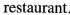
restaurant.